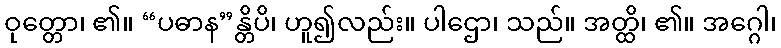
ဝုတ္တော၊ ၏။ “ပဓာန”န္တိပိ၊ ဟူ၍လည်း။ ပါဌော၊ သည်။ အတ္ထိ၊ ၏။ အဂ္ဂေါ၊